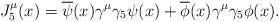
LaTeX: \begin{align*}J^{\mu}_{5}(x)=\overline{\psi}(x)\gamma^{\mu}\gamma_{5}\psi(x)+\overline{\phi}(x)\gamma^{\mu}\gamma_{5}\phi(x).\end{align*}